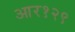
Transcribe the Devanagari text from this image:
आर१२९